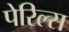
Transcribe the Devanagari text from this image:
पेरिल्स